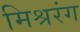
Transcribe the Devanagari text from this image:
मिश्ररंग